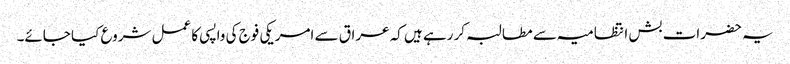
یہ حضرات بش انتظامیہ سے مطالبہ کر رہے ہیں کہ عراق سے امریکی فوج کی واپسی کا عمل شروع کیا جائے۔